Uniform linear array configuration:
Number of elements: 4
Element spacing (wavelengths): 0.25
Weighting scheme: hamming
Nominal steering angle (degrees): -15
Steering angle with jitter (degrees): -13.9
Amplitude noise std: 0.05
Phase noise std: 0.05

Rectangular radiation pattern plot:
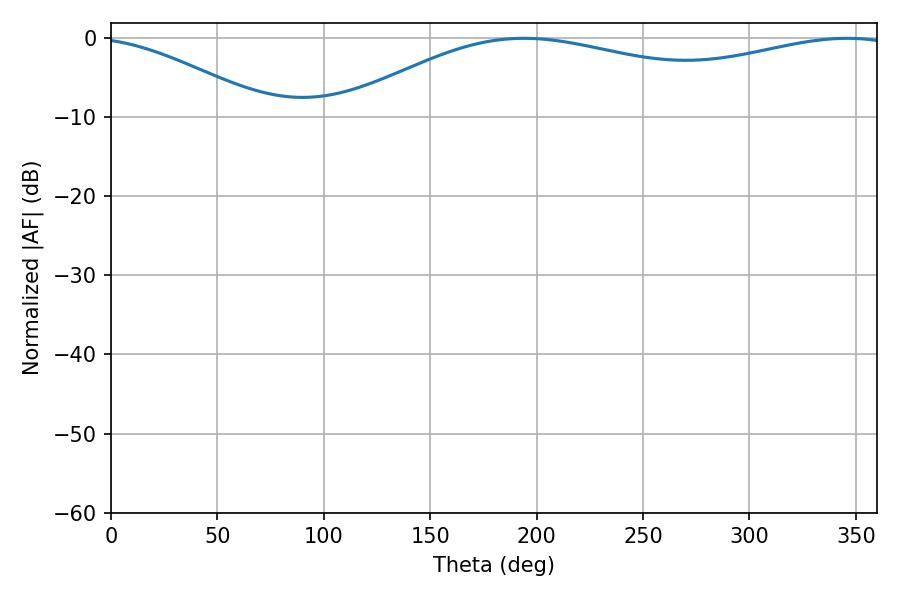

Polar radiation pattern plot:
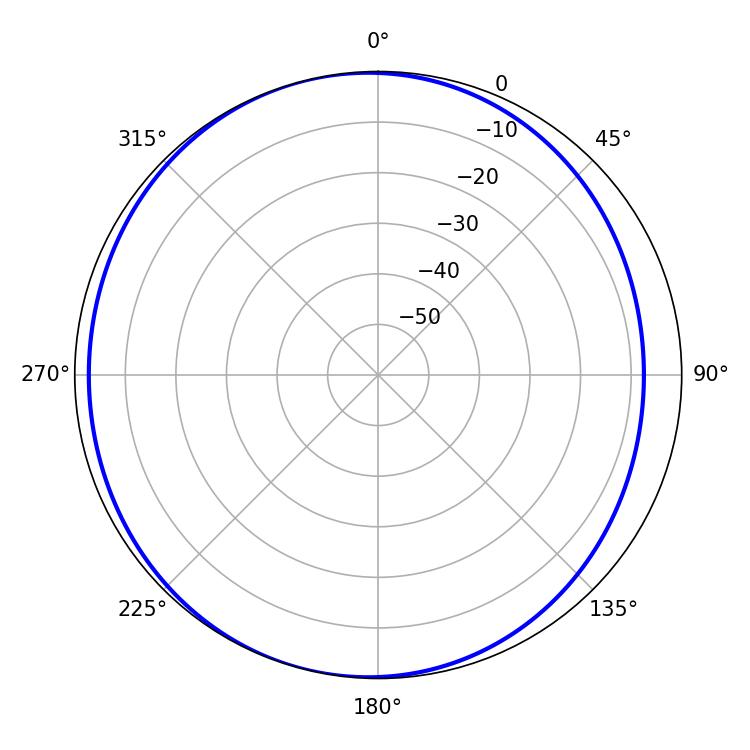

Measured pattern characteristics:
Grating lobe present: FALSE
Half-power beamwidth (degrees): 213.66
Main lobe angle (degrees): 194.04